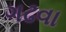
ગઢવા